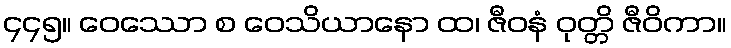
၄၄၅။ ဝေဿော စ ဝေသိယာနော ထ၊ ဇီဝနံ ဝုတ္တိ ဇီဝိကာ။